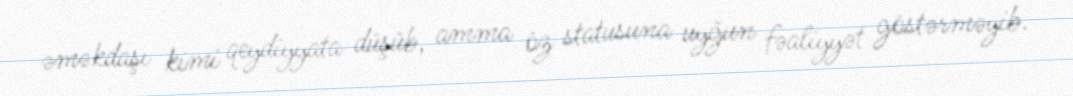
əməkdaşı kimi qeydiyyata düşüb, amma öz statusuna uyğun fəaliyyət göstərməyib.